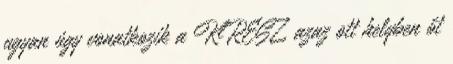
ugyan úgy vonatkozik a KRESZ, azaz ott helyben őt